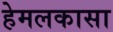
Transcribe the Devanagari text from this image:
हेमलकासा